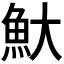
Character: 𬵃